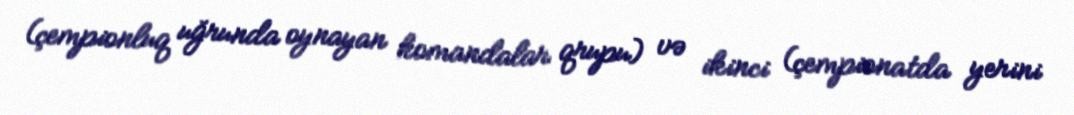
(çempionluq uğrunda oynayan komandalar qrupu) və ikinci (çempionatda yerini